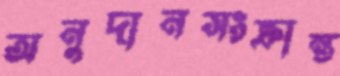
অনুদানসংক্রান্ত